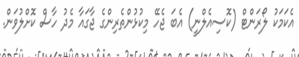
އެކަމަކު ލޯރަންޓް (ކޮސިއެލްނީ) އެބަ ޖެހޭ މިކުޅުންތެރިންގެ ޖާގައާ މެދު ހާސް ކޮށްލުވަން.